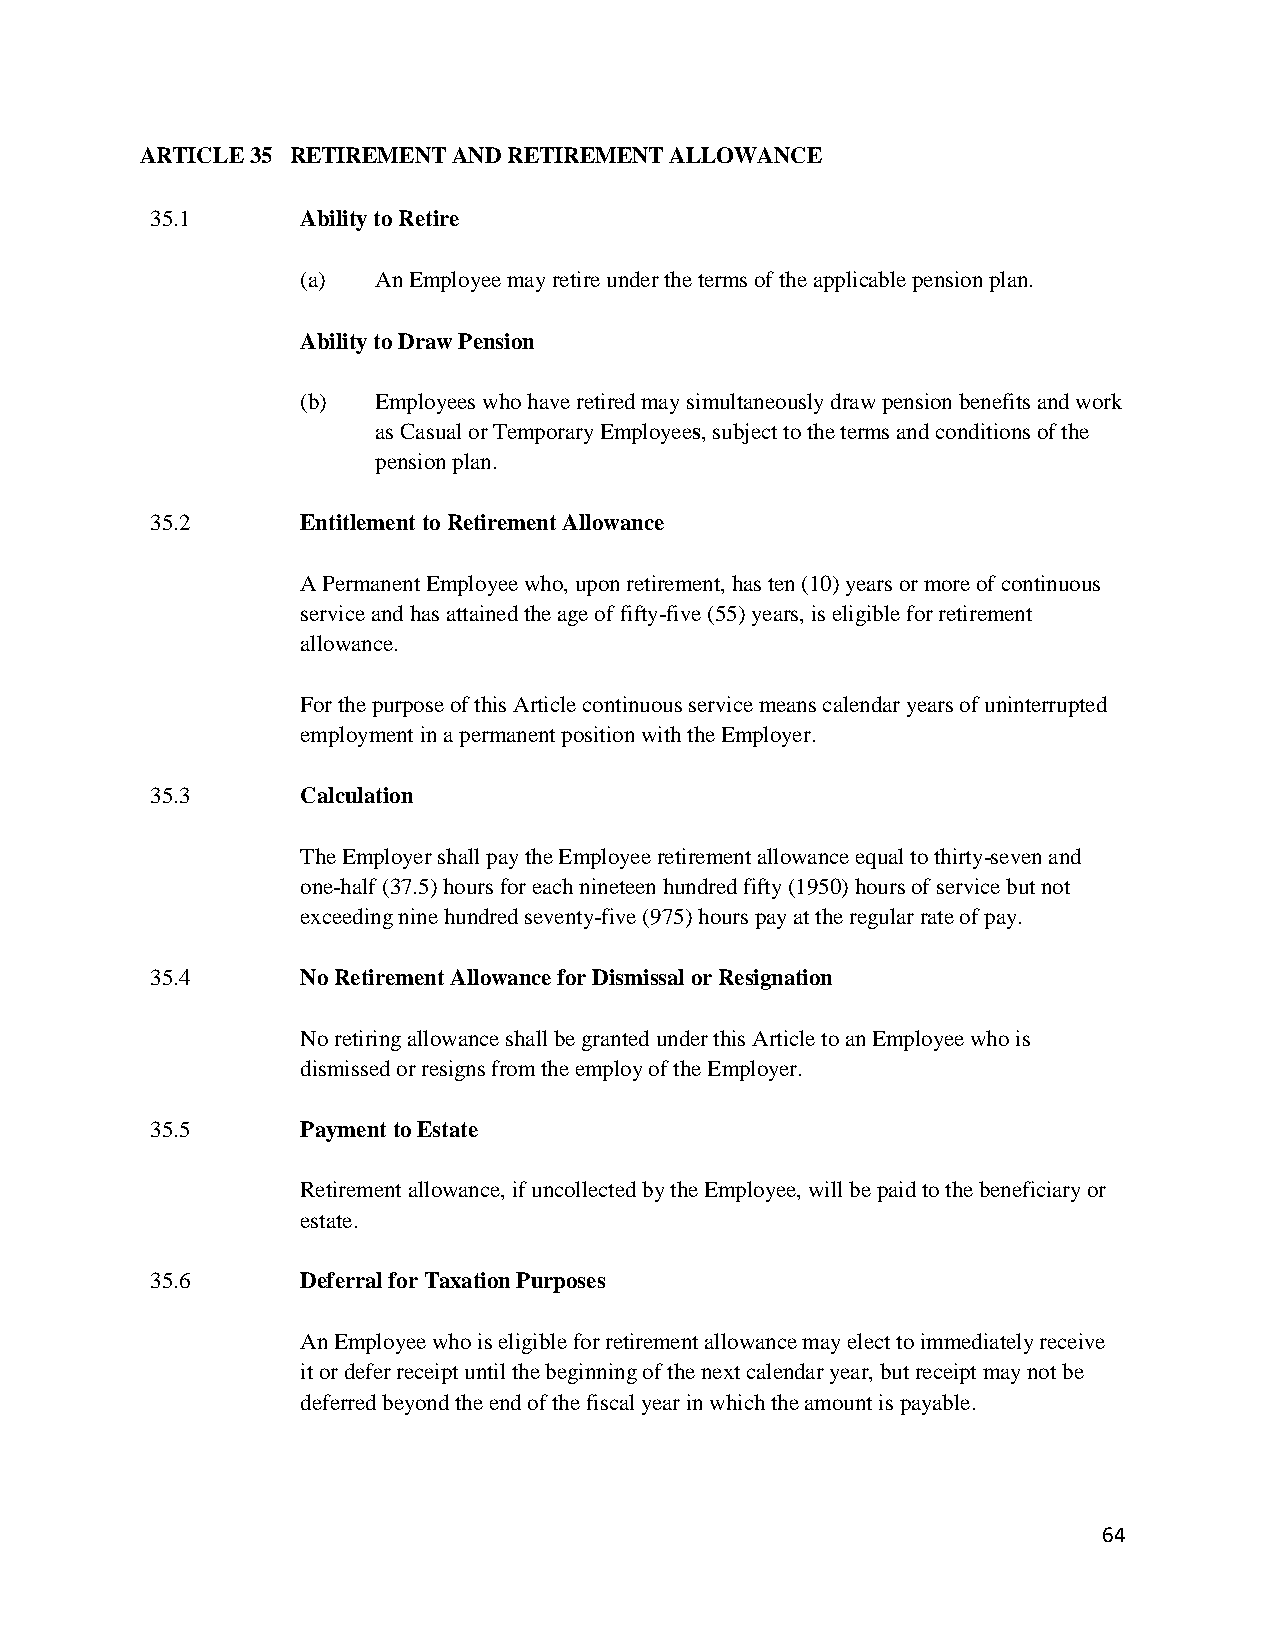
ARTICLE 35 RETIREMENT AND RETIREMENT ALLOWANCE
 35.1      Ability to Retire
 (a)  An Employee may retire under the terms of the applicable pension plan.
 Ability to Draw Pension
 (b)  Employees who have retired may simultaneously draw pension benefits and work
 as Casual or Temporary Employees, subject to the terms and conditions of the
 pension plan.
 35.2      Entitlement to Retirement Allowance
 A Permanent Employee who, upon retirement, has ten (10) years or more of continuous
 service and has attained the age of fifty-five (55) years, is eligible for retirement
 allowance.
 For the purpose of this Article continuous service means calendar years of uninterrupted
 employment in a permanent position with the Employer.
 35.3      Calculation
 The Employer shall pay the Employee retirement allowance equal to thirty-seven and
 one-half (37.5) hours for each nineteen hundred fifty (1950) hours of service but not
 exceeding nine hundred seventy-five (975) hours pay at the regular rate of pay.
 35.4      No Retirement Allowance for Dismissal or Resignation
 No retiring allowance shall be granted under this Article to an Employee who is
 dismissed or resigns from the employ of the Employer.
 35.5      Payment to Estate
 Retirement allowance, if uncollected by the Employee, will be paid to the beneficiary or
 estate.
 35.6      Deferral for Taxation Purposes
 An Employee who is eligible for retirement allowance may elect to immediately receive
 it or defer receipt until the beginning of the next calendar year, but receipt may not be
 deferred beyond the end of the fiscal year in which the amount is payable.
 64